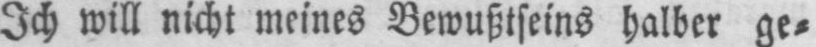
Ich will nicht meines Bemußtseins halber ge⸗